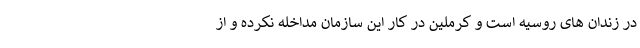
در زندان های روسیه است و کرملین در کار این سازمان مداخله نکرده و از